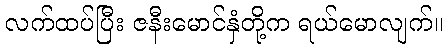
လက်ထပ်ပြီး ဇနီးမောင်နှံတို့က ရယ်မောလျက်။